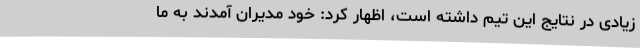
زیادی در نتایج این تیم داشته است، اظهار کرد: خود مدیران آمدند به ما